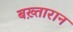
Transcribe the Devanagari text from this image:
बख़्तारान